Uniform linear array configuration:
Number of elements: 64
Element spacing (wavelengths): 0.25
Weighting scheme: kaiser
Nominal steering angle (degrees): -15
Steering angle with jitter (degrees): -13.19
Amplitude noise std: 0.05
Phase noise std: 0.05

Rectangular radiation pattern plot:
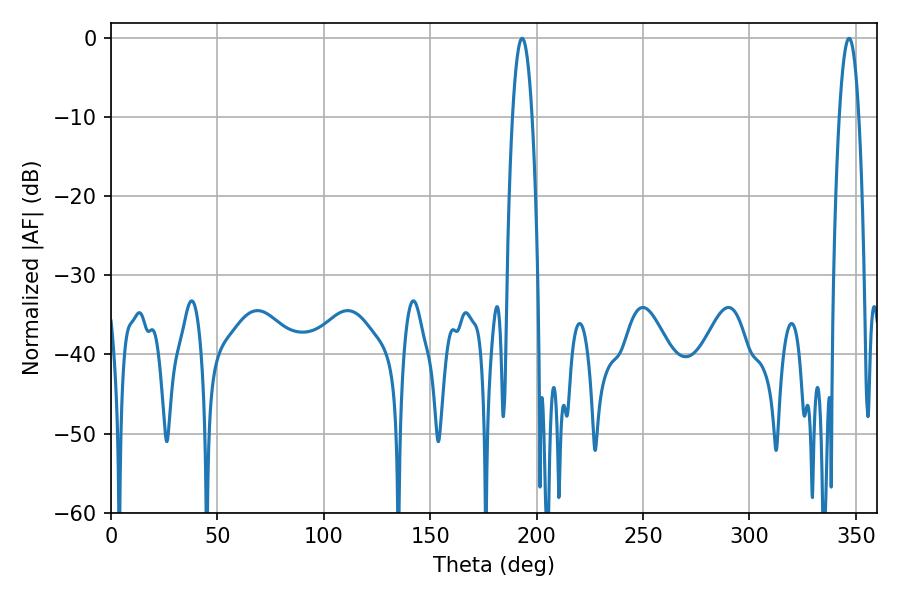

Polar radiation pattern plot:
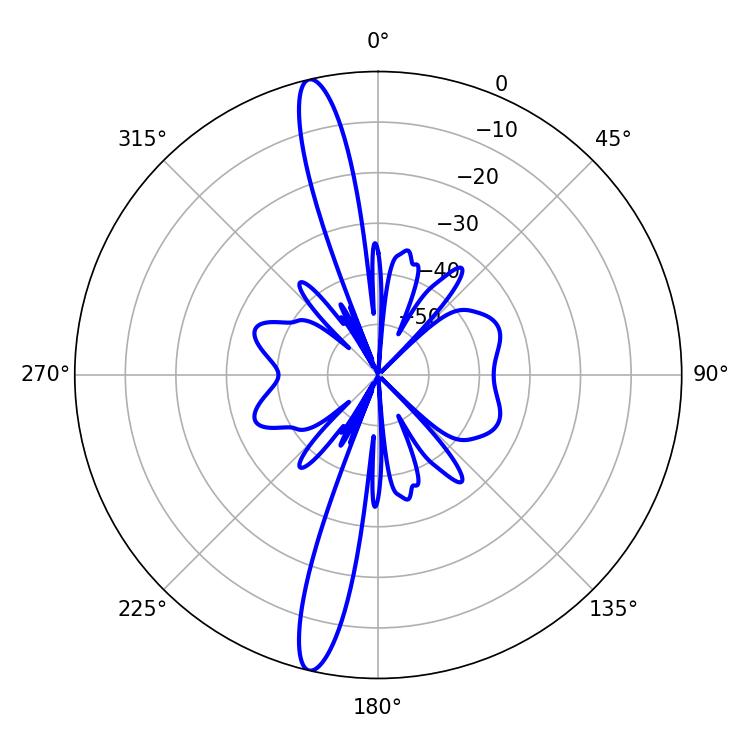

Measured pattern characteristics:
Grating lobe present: FALSE
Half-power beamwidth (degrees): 5.04
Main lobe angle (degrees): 193.14